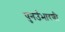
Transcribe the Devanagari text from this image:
पुनर्उभारणी